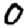
Digit: 0